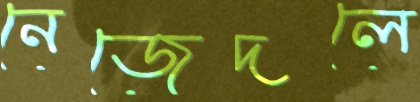
নেজেদলে